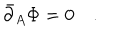
LaTeX: \bar { \partial } _ { A } \Phi = 0 \quad .